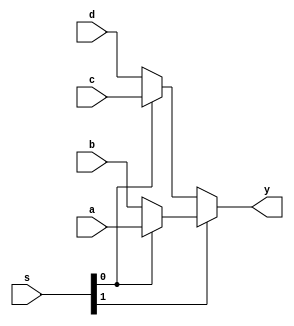
// Module Name: Mux4_1

//////////////////////////////////////////////////////////////////////////////////

module Mux4_1(
    input a,b,c,d,
    input [1:0] s,
    output y
    );
    

    /* assign y = (s==2'b11)? a:
                  (s==2'b10)? b:
		  (s==2'b01)? c: d; */

       assign y = s[1]? (s[0]? a: b): (s[0]? c: d);            

    
endmodule